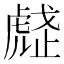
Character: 𧇒